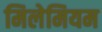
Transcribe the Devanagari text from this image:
मिलेमियम